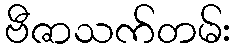
ဗီဇာသက်တမ်း